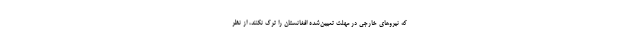
که نیروهای خارجی در مهلت تعیین‌شده افغانستان را ترک نکنند، از نظر